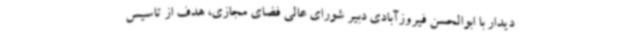
دیدار با ابوالحسن فیروزآبادی دبیر شورای عالی فضای مجازی، هدف از تاسیس